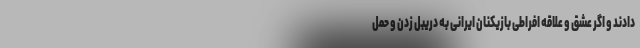
دادند و اگر عشق و علاقه افراطی بازیکنان ایرانی به دریبل زدن و حمل